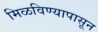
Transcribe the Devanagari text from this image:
मिळविण्यापासून